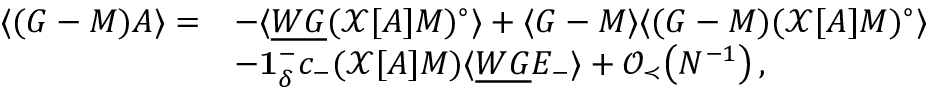
\begin{array} { r l } { \langle ( G - M ) A \rangle = } & { - \langle \underline { { W G } } ( \mathcal { X } [ A ] M ) ^ { \circ } \rangle + \langle G - M \rangle \langle ( G - M ) ( \mathcal { X } [ A ] M ) ^ { \circ } \rangle } \\ & { - \mathbf { 1 } _ { \delta } ^ { - } c _ { - } ( \mathcal { X } [ A ] M ) \langle \underline { { W G } } E _ { - } \rangle + \mathcal { O } _ { \prec } \big ( N ^ { - 1 } \big ) \, , } \end{array}